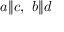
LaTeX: a \rVert c , \ b \rVert d